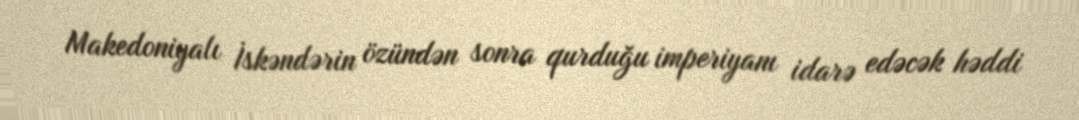
Makedoniyalı İskəndərin özündən sonra qurduğu imperiyanı idarə edəcək həddi